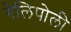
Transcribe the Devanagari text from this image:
गैलिपोली